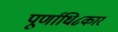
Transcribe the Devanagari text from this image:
पूर्णाधि८कार